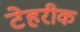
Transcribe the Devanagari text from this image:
टेहरीक